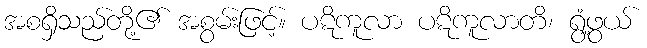
အစရှိသည်တို့၏ အစွမ်းဖြင့်။ ပဋိကူလာ ပဋိကူလာတိ၊ ရွံ့ဖွယ်